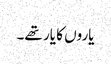
یاروں کا یار تھے۔